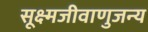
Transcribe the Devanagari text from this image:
सूक्ष्मजीवाणुजन्य